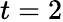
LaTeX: t=2